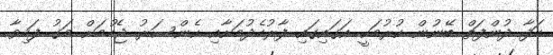
ހަފާ ދުންފަތް ބޭނުން ކުރުމަކީ އަގައިގައި ފާރުހެދުމަށާއި ކެންސަރު ޖެހުމަށް މަގު ފަހިވާ